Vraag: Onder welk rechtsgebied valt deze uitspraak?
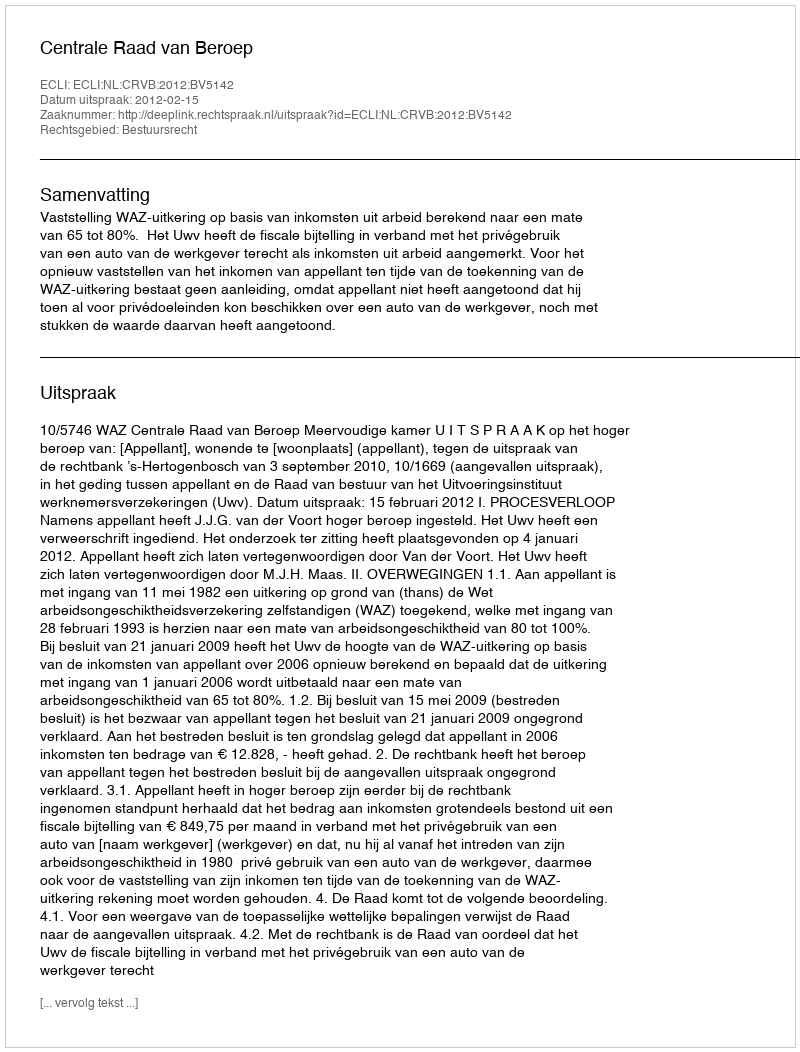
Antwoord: Bestuursrecht